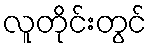
လူတိုင်းတွင်